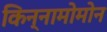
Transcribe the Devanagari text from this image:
किन्नामोमोन